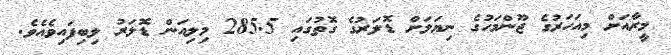
މީރާއަށް މިއަހަރުގެ ޖޫންމަހުގެ ނިޔަލަށް ޑޮލަރުގެ ގޮތުގައި 285.5 މިލިއަން ޑޮލަރު ލިބިފައިވެއެވެ.